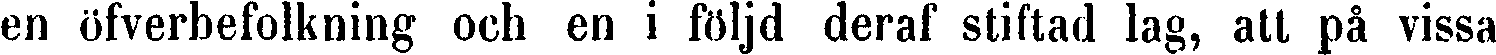
en öfverbefolkning och en i följd deraf stiftad lag, att på vissa